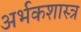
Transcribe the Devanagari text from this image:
अर्भकशास्त्र